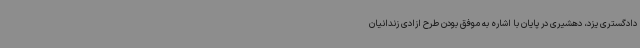
دادگستری یزد، دهشیری در پایان با اشاره به موفق بودن طرح ازادی زندانیان